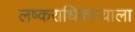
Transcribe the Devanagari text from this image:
लष्कराधिकाऱ्याला